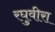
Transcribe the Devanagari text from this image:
रघुवीरा